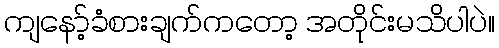
ကျနော့်ခံစားချက်ကတော့ အတိုင်းမသိပါပဲ။